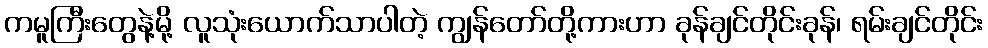
ကမူကြီးတွေနဲ့မို့ လူသုံးယောက်သာပါတဲ့ ကျွန်တော်တို့ကားဟာ ခုန်ချင်တိုင်းခုန်၊ ရမ်းချင်တိုင်း